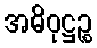
အဓိဝုဋ္ဌဉ္စ